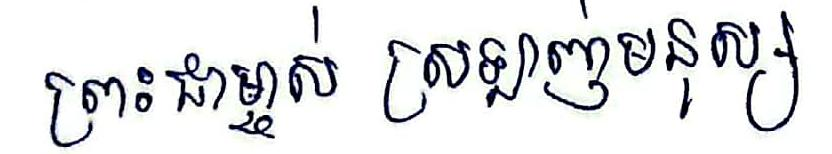
ព្រះជាម្ចាស់ ស្រឡាញ់មនុស្ស